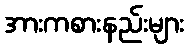
အားကစားနည်းများ